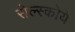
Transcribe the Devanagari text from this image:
सेल्स्कोये